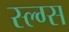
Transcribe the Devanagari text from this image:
स्ल्ग्स